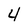
Character: 4